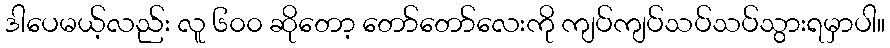
ဒါပေမယ့်လည်း လူ ၆၀၀ ဆိုတော့ တော်တော်လေးကို ကျပ်ကျပ်သပ်သပ်သွားရမှာပါ။